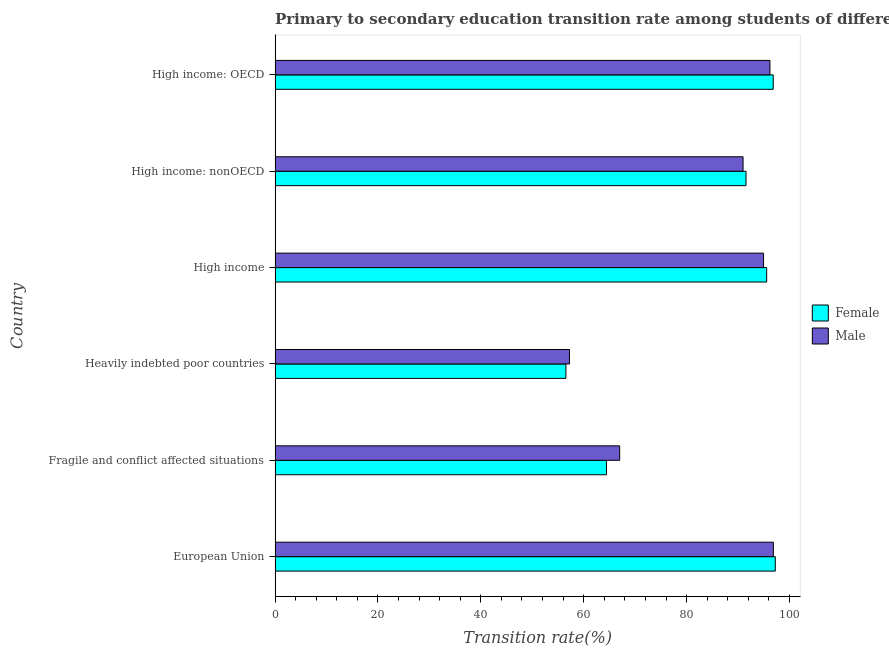
| Country | Female | Male |
 | --- | --- | --- |
 | European Union | 97.2 | 96.9 |
 | Fragile and conflict affected situations | 64.4 | 67 |
 | Heavily indebted poor countries | 56.5 | 57.2 |
 | High income | 95.6 | 95 |
 | High income: nonOECD | 91.5 | 91 |
 | High income: OECD | 96.8 | 96.2 |